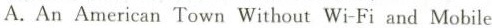
A.An American Town Without Wi-Fi and Mobile